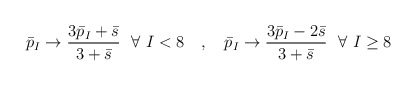
\begin{align*}\bar{p}_I \to {3\bar{p}_I + \bar{s} \over 3+\bar{s}}\ \ \forall\ I<8 \quad , \quad\bar{p}_I \to {3\bar{p}_I - 2\bar{s} \over 3+\bar{s}}\ \ \forall\ I\geq8\end{align*}